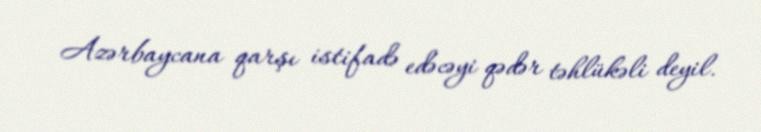
Azərbaycana qarşı istifadə edəcəyi qədər təhlükəli deyil.